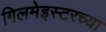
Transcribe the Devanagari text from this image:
गिलमेइस्टरच्या